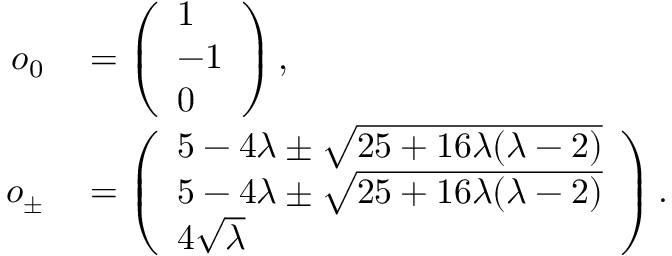
\begin{array} { r l } { \boldsymbol { o } _ { 0 } } & { { } = \left( \begin{array} { l } { 1 } \\ { - 1 } \\ { 0 } \end{array} \right) , } \\ { \boldsymbol { o } _ { \pm } } & { { } = \left( \begin{array} { l } { 5 - 4 \lambda \pm \sqrt { 2 5 + 1 6 \lambda ( \lambda - 2 ) } } \\ { 5 - 4 \lambda \pm \sqrt { 2 5 + 1 6 \lambda ( \lambda - 2 ) } } \\ { 4 \sqrt { \lambda } } \end{array} \right) . } \end{array}